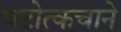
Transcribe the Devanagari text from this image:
घटोत्कचाने